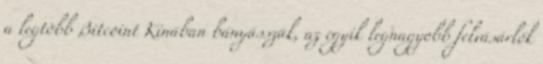
a legtöbb Bitcoint Kínában bányásszák, az egyik legnagyobb felvásárlók